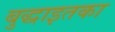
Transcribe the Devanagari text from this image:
बुद्धाइतका